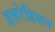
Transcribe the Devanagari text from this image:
डलरेडियन